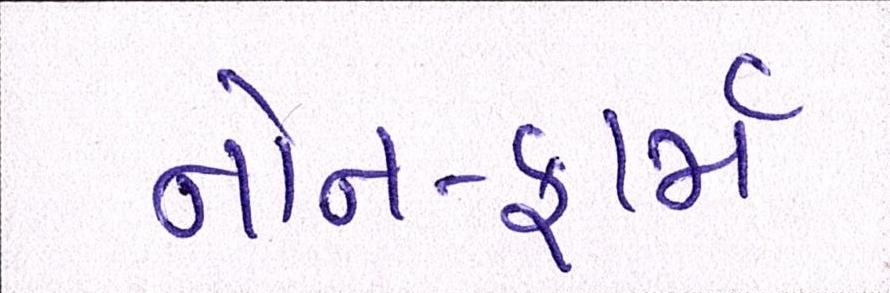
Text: નોન-ફાર્મ